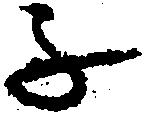
子